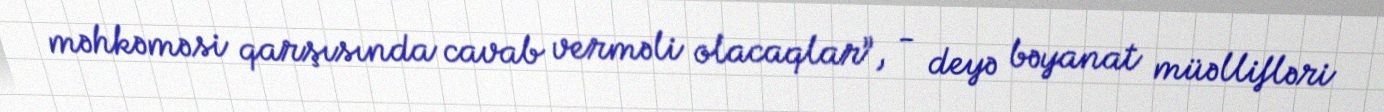
məhkəməsi qarşısında cavab verməli olacaqlar”, - deyə bəyanat müəllifləri